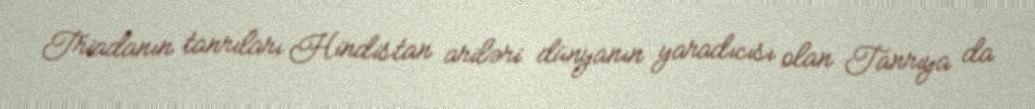
Triadanın tanrıları Hindistan ariləri dünyanın yaradıcısı olan Tanrıya da